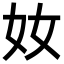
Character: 奻